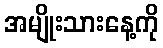
အမျိုးသားနေ့ကို